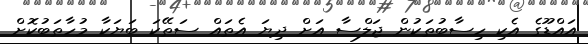
އައްޑޫގެ އެކި ހިސާބުތަކުން ޖަލްްސާ އަށް ދިޔަ އެތައް ސަތޭކަ ބަޔަކާ މުހާތަބުކޮށް